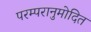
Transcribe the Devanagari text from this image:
परम्परानुमोदित